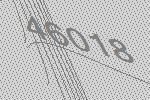
46018